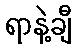
ရာနဲ့ချီ